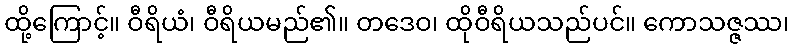
ထို့ကြောင့်။ ဝီရိယံ၊ ဝီရိယမည်၏။ တဒေဝ၊ ထိုဝီရိယသည်ပင်။ ကောသဇ္ဇဿ၊